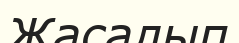
Жасалып